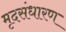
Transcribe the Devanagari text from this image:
मृदसंधारण